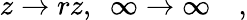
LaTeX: z\rightarrow rz,\ \ \infty\rightarrow\infty\quad,